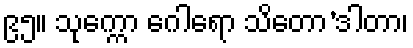
၉၅။ သုက္ကော ဂေါရော သိတော’ဒါတာ၊